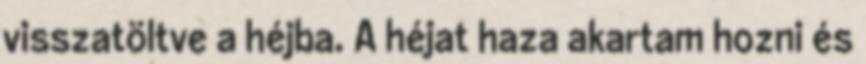
visszatöltve a héjba. A héjat haza akartam hozni és